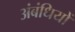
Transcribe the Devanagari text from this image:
अंबंधियों